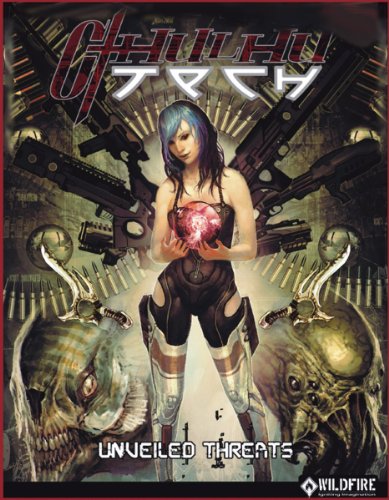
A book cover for CthulhuTech Unveiled Threats; Sandstorm Productions; Science Fiction & Fantasy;